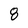
Character: 8